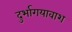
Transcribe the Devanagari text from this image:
दुर्भागयावाश